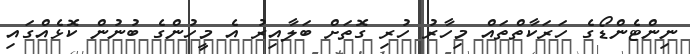
ނިންޓެންޑޯގެ ހަރަކާތްތައް މިހާރު ހުރި ގޮތަށް ބަލާއިރު އެ މީހުންގެ ބުނުން ކޮޅެއްގައި